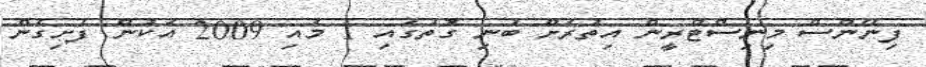
ފިނޭންސް މިނިސްޓްރީން އިތުރަށް ބުނި ގޮތުގައި 1 މެއި 2009 އަކުން ފެށިގެން